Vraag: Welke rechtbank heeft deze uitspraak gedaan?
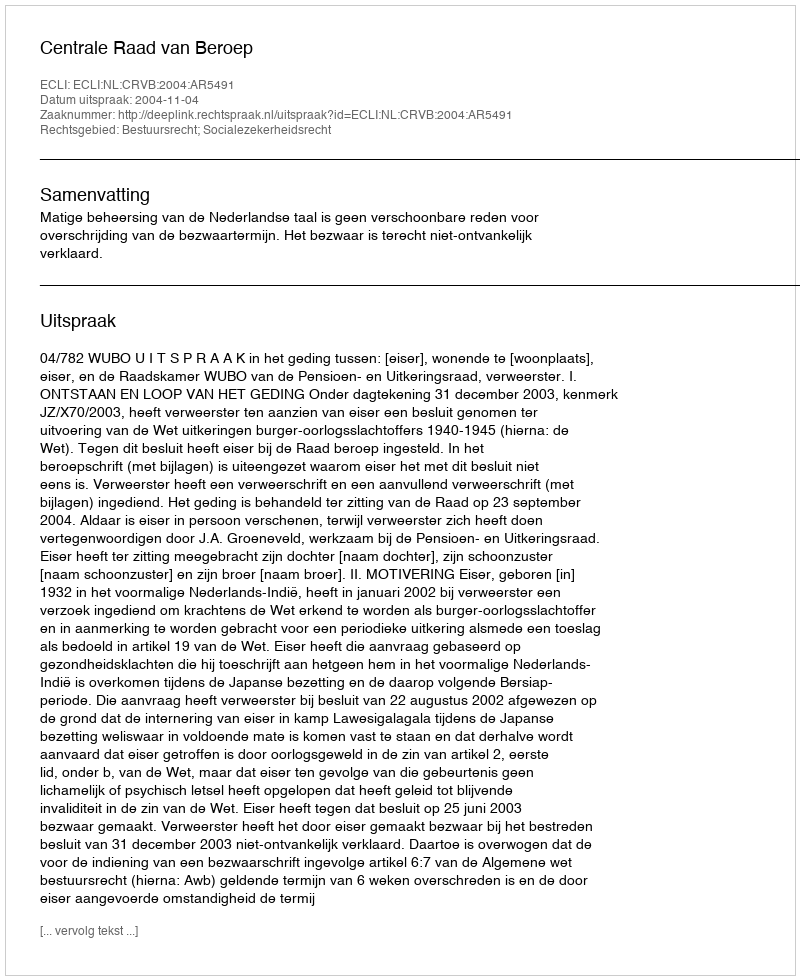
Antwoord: Centrale Raad van Beroep